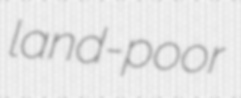
land-poor